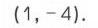
\((1,-4)\)